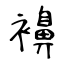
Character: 襣